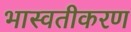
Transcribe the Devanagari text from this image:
भास्वतीकरण